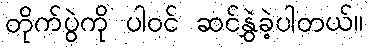
တိုက်ပွဲကို ပါဝင် ဆင်နွှဲခဲ့ပါတယ်။